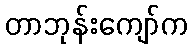
တာဘုန်းကျော်က